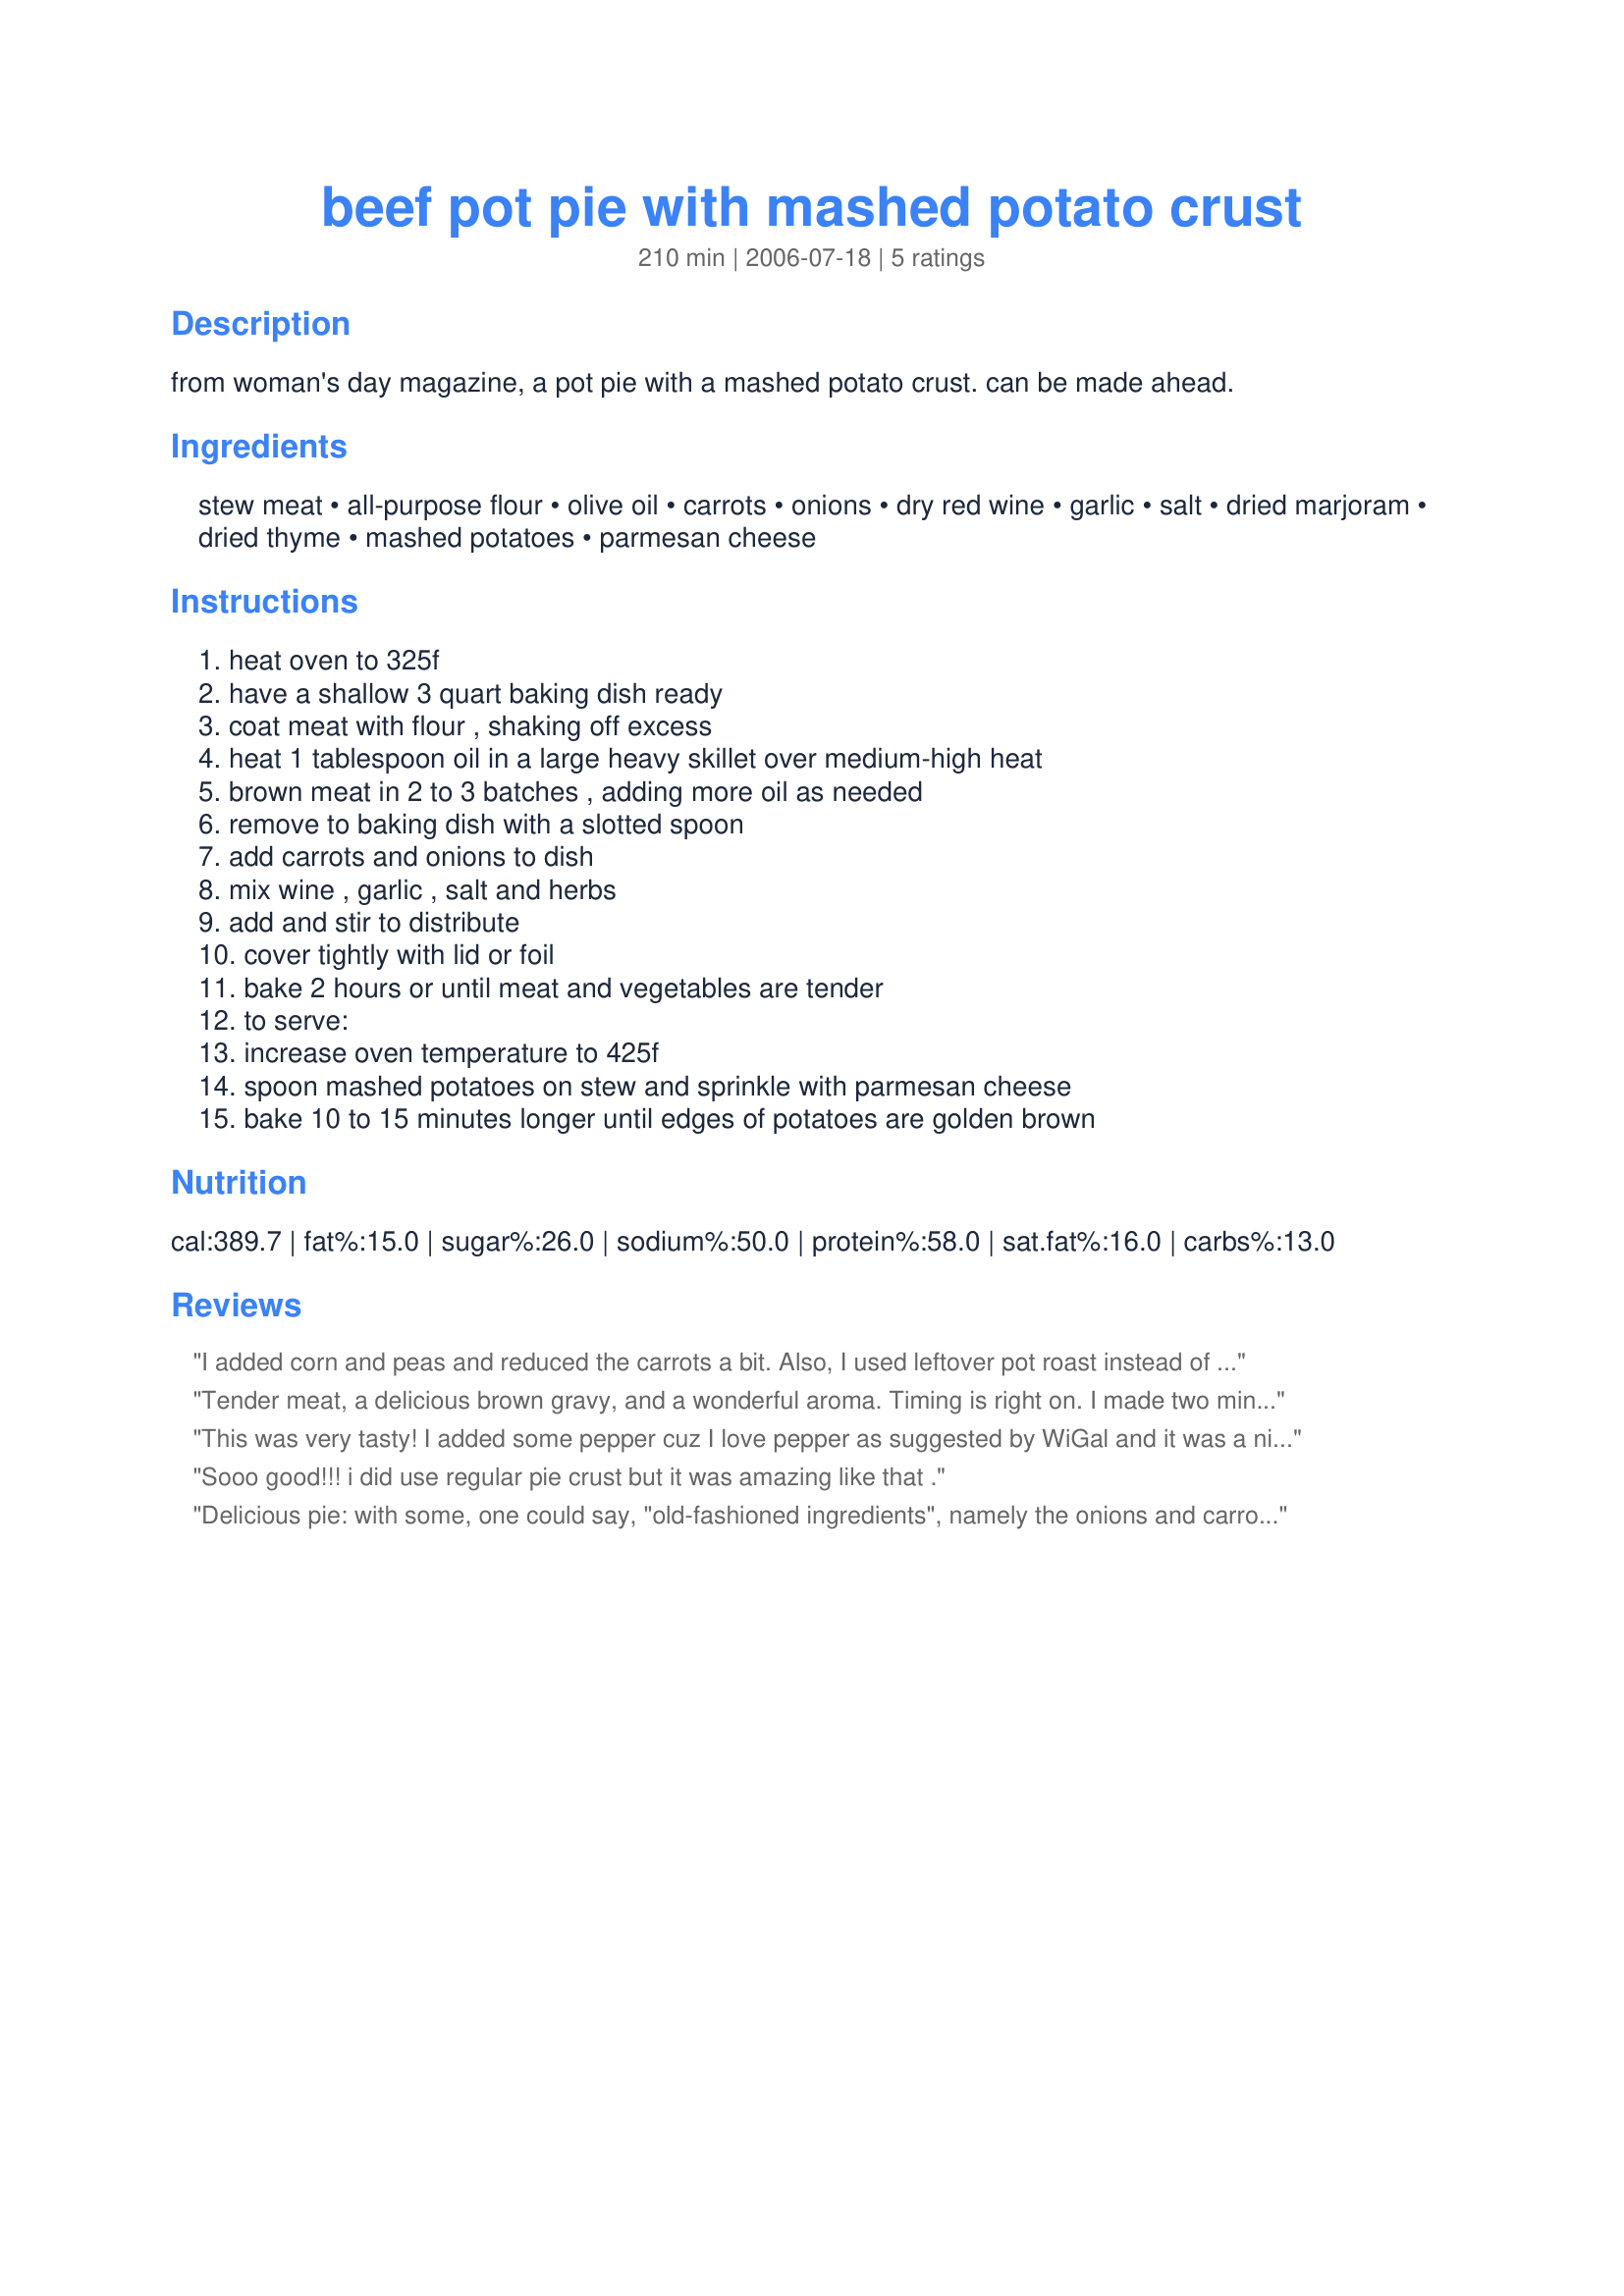
beef pot pie with mashed potato crust
Preparation time: 210 minutes

from woman's day magazine, a pot pie with a mashed potato crust. can be made ahead.

Ingredients:
stew meat, all-purpose flour, olive oil, carrots, onions, dry red wine, garlic, salt, dried marjoram, dried thyme, mashed potatoes, parmesan cheese

Steps:
heat oven to 325f, have a shallow 3 quart baking dish ready, coat meat with flour , shaking off excess, heat 1 tablespoon oil in a large heavy skillet over medium-high heat, brown meat in 2 to 3 batches , adding more oil as needed, remove to baking dish with a slotted spoon, add carrots and onions to dish, mix wine , garlic , salt and herbs, add and stir to distribute, cover tightly with lid or foil, bake 2 hours or until meat and vegetables are tender, to serve:, increase oven temperature to 425f, spoon mashed potatoes on stew and sprinkle with parmesan cheese, bake 10 to 15 minutes longer until edges of potatoes are golden brown

Reviews:
I added corn and peas and reduced the carrots a bit. Also, I used leftover pot roast instead of the stew meat, and it was nice and tender. I also used garlic mashed potatoes instead of plain. The pie came out awesome and it was enjoyed by my family so much! I had homemade biscuits to go with it and it was a totally comforting meal that we will have again this winter!
Tender meat, a delicious brown gravy, and a wonderful aroma. Timing is right on. I made two minor adjustments-- I reduced the salt to 1 teaspoon and added in some peas otherwise I made as posted. I do think some pepper and more onion should be added, and garlic mashed potatoes on top would be wonderful in this recipe. Made for the Cookathon.
This was very tasty! 
I added some pepper cuz I love pepper as suggested by WiGal and it was a nice addition.
I used sour cream and butter and half and half in the mashed potatoes for the top and sprinkled some Hungarian Paprika on the mashed potatoes! Looked quite festive! Woo hoo!
Everyone loved it and thank you for a great recipe!
Always, Jelly :)
Sooo good!!! i did use regular pie crust but it was amazing like that .
Delicious pie: with some, one could say, "old-fashioned ingredients", namely the onions and carrots and, with the garlic and wine, some most definitely NOT old-fashioned ingredients. I doubled the garlic (we love our garlic) added a leek (I just love onions, garlic and leek together) and added some Greek yoghurt to the mashed potatoes to make them creamy but otherwise made this exactly to the recipe. Loved the herbs selected, the blend of flavours and the potato topping. I made 4 smaller pies, one which we enjoyed immensely for tonight's dinner. The other three are in the freezer to be enjoyed on other nights. Thank you for posting this recipe, lazyme.
